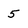
Character: 5